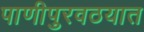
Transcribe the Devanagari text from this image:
पाणीपुरवठयात